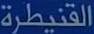
القنيطرة